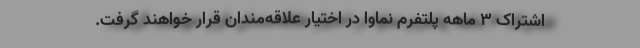
اشتراک 3 ماهه پلتفرم نماوا در اختیار علاقه‌مندان قرار خواهند گرفت.